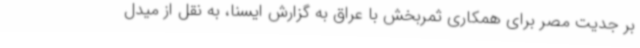
بر جدیت مصر برای همکاری ثمربخش با عراق به گزارش ایسنا، به نقل از میدل